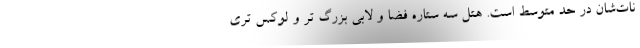
نات‌شان در حد متوسط است. هتل سه ستاره فضا و لابی بزرگ تر و لوکس تری